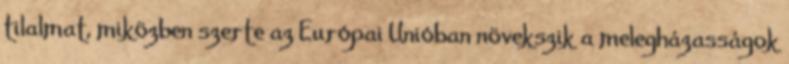
tilalmat, miközben szerte az Európai Unióban növekszik a melegházasságok